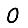
Digit: 0